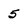
Character: 5